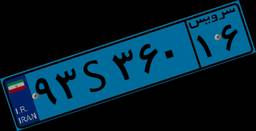
۱۲S۵۴۹۷۱